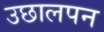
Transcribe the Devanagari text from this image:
उछालपन